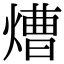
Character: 㷮